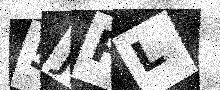
Text: 5JPL